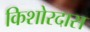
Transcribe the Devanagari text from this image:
किशोरदास